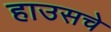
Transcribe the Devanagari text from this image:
हाउसचे